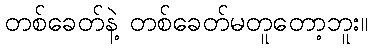
တစ်ခေတ်နဲ့ တစ်ခေတ်မတူတော့ဘူး။